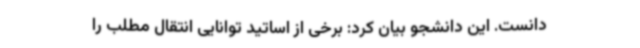
دانست. این دانشجو بیان کرد: برخی از اساتید توانایی انتقال مطلب را